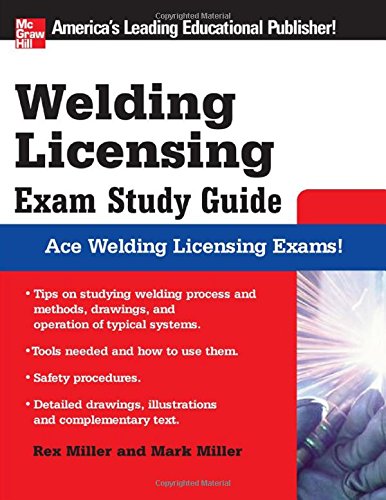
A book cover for Welding Licensing Exam Study Guide (McGraw-Hill's Welding Licensing Exam Study Guide); Rex Miller; Test Preparation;